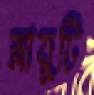
স্নায়ুটি